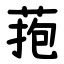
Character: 菢